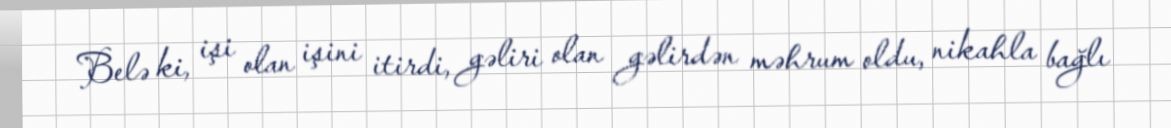
Belə ki, işi olan işini itirdi, gəliri olan gəlirdən məhrum oldu, nikahla bağlı